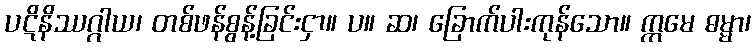
ပဋိနိဿဂ္ဂါယ၊ တစ်ဖန်စွန့်ခြင်းငှာ။ ပ။ ဆ၊ ခြောက်ပါးကုန်သော။ ဣမေ ဓမ္မာ၊